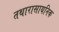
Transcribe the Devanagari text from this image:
तथारासायनिक